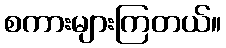
စကားများကြတယ်။